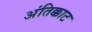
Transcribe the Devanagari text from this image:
अंतिक्काट